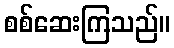
စစ်ဆေးကြသည်။